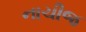
નાચીજ